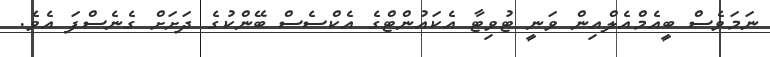
ނަމަވެސް ބީއެމްްއެލްއިން ވަނީ ޓުވިޓާ އެކައުންޓްގެ އެކްސެސް ބޭންކުގެ ދަށަށް ގެނެސްފަ އެވެ.